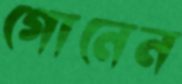
গোনেন